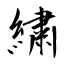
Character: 繍